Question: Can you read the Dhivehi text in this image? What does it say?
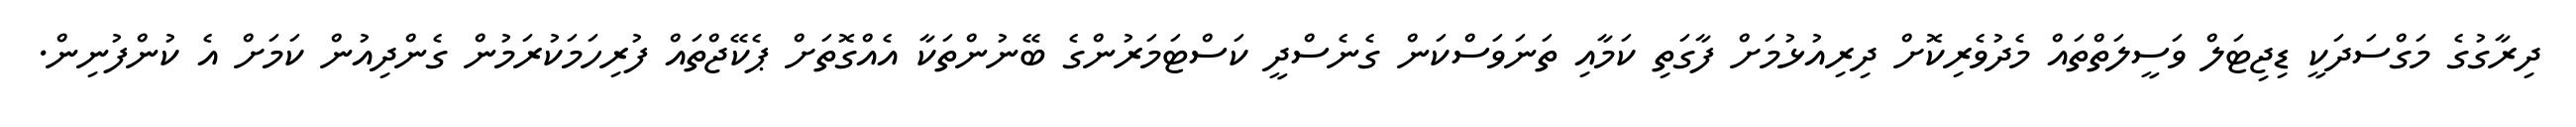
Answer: ދިރާގުގެ މަގްސަދަކީ ޑިޖިޓަލް ވަސީލަތްތައް މެދުވެރިކޮށް ދިރިއުޅުމަށް ފާގަތި ކަމާއި ތަނަވަސްކަން ގެނެސްދީ ކަސްޓަމަރުންގެ ބޭނުންތަކާ އެއްގޮތަށް ޕެކޭޖްތައް ފުރިހަމަކުރަމުން ގެންދިއުން ކަމަށް އެ ކުންފުނިން.